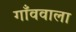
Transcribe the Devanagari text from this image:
गाँववाला